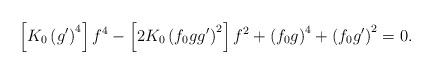
LaTeX: \begin{align*}\left[ K_{0}\left( g^{\prime }\right) ^{4}\right] f^{4}-\left[ 2K_{0}\left(f_{0}gg^{\prime }\right) ^{2}\right] f^{2}+\left( f_{0}g\right) ^{4}+\left(f_{0}g^{\prime }\right) ^{2}=0. \end{align*}